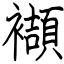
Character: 襭